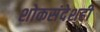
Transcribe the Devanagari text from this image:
शोकसंदेशही